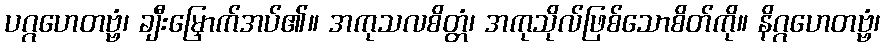
ပဂ္ဂဟေတဗ္ဗံ၊ ချီးမြှောက်အပ်၏။ အကုသလစိတ္တံ၊ အကုသိုလ်ဖြစ်သောစိတ်ကို။ နိဂ္ဂဟေတဗ္ဗံ၊